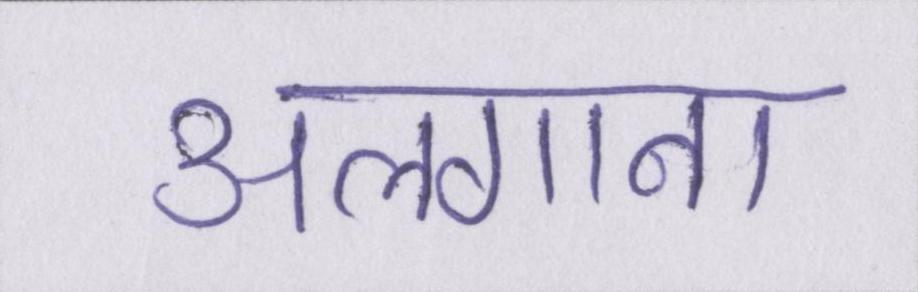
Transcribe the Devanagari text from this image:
अलगाना